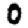
Digit: 0